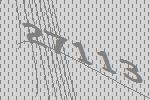
27113